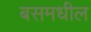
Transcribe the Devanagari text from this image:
बसमधील